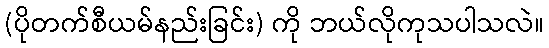
(ပိုတက်စီယမ်နည်းခြင်း) ကို ဘယ်လိုကုသပါသလဲ။